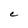
Character: C